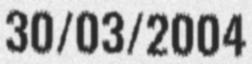
30/03/2004